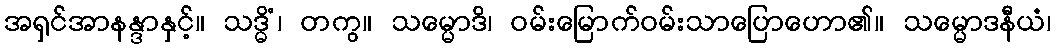
အရှင်အာနန္ဒာနှင့်။ သဒ္ဓိံ၊ တကွ။ သမ္မောဒိ၊ ဝမ်းမြောက်ဝမ်းသာပြောဟော၏။ သမ္မောဒနီယံ၊